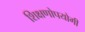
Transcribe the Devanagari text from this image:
शिक्षणोपयोगी